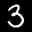
Label: 3